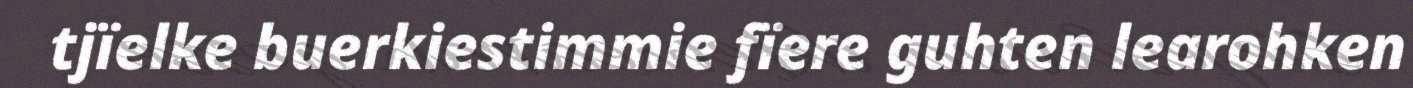
tjïelke buerkiestimmie fïere guhten learohken